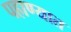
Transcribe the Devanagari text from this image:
पहाण्यात